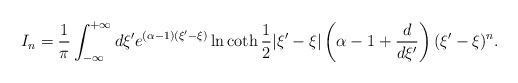
LaTeX: \begin{align*}I_{n}=\frac{1}{\pi}\int_{-\infty}^{+\infty}d\xi 'e^{(\alpha -1)(\xi '-\xi)}\ln\coth \frac{1}{2}|\xi ' -\xi|\left(\alpha -1+\frac{d}{d\xi '}\right)(\xi '-\xi)^{n}.\end{align*}